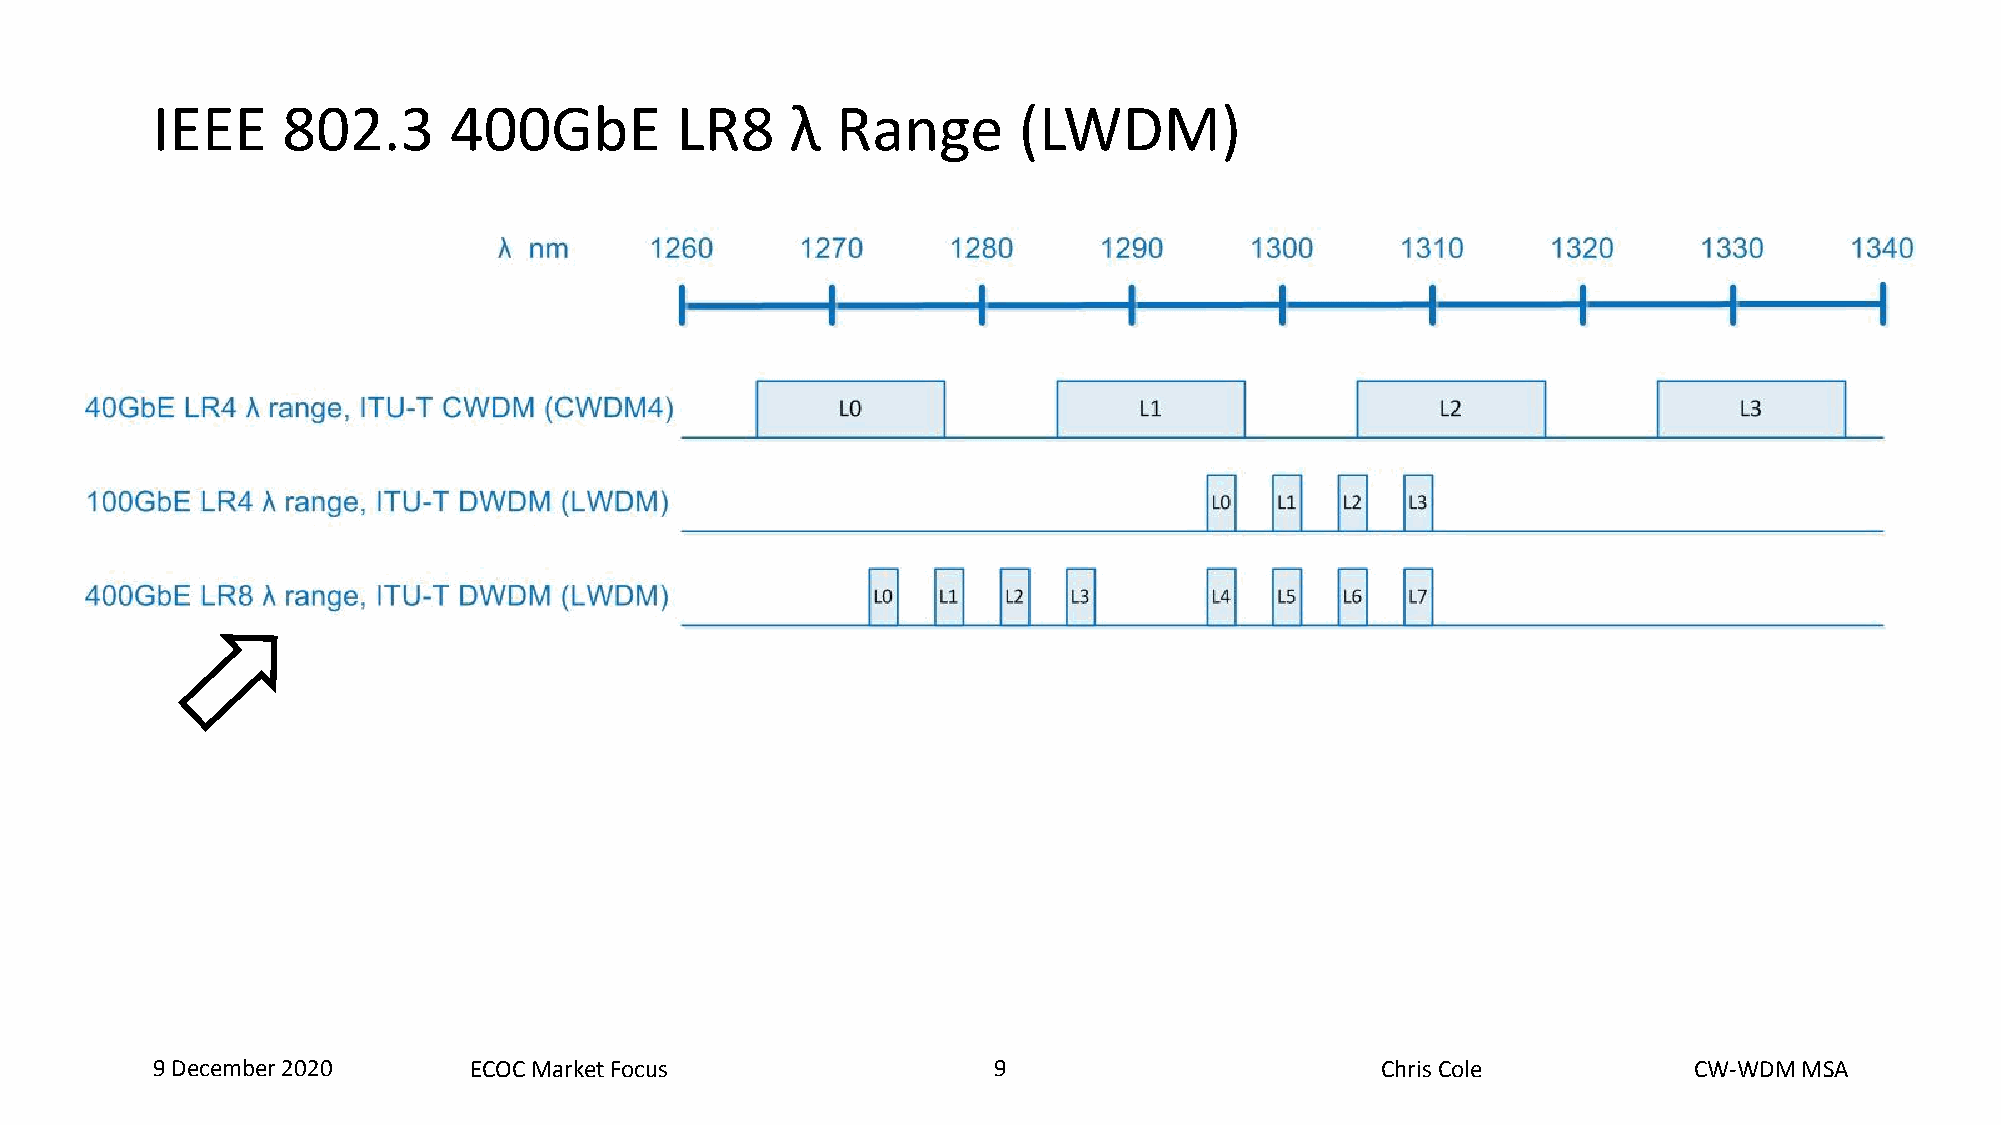
IEEE     802.3      400GbE         LR8    λ  Range       (LWDM)
 9 December 2020      ECOC Market Focus                  9   9                    Chris Cole           CW-WDM MSA